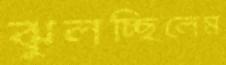
ঝুলচ্ছিলেম